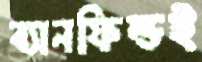
ব্যানফিল্ডই